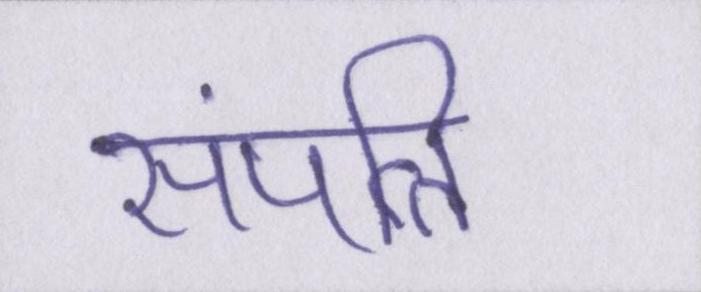
संपत्ति